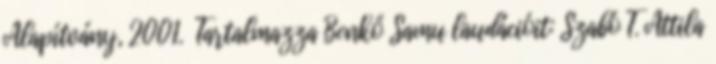
Alapítvány, 2001. Tartalmazza Benkő Samu laudációit: Szabó T. Attila